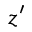
z ^ { \prime }